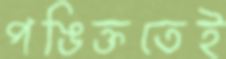
পঙিক্ততেই